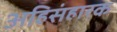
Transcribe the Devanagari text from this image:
अहिसंहारक